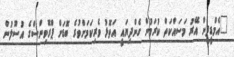
"އެމްޑީޕީން އޭރު މަސައްކަތް ކުރަމުން ގެންދިޔައީ އަތޮޅު ވެރިކަމަށްވުރެ ބޮޑަށް ޕްރޮވިންސްގެ އުސޫލުން